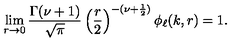
\lim _ { r \to 0 } \frac { \Gamma ( \nu + 1 ) } { \sqrt { \pi } } \left( \frac { r } { 2 } \right) ^ { - ( \nu + \frac { 1 } { 2 } ) } \phi _ { \ell } ( k , r ) = 1 .